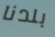
بلدنا